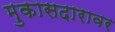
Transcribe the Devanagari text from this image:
मुकासदारावर